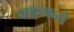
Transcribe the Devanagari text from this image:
भक्तजनो